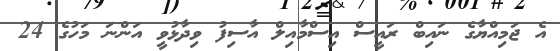
އެ ޖަމިއްޔާގެ ނައިބް ރައީސް އިސްމާއިލް އާސިފު ވިދާޅުވީ އަންނަ މަހުގެ 24